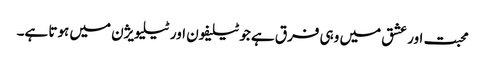
محبت اور عشق میں وہی فرق ہے جو ٹیلیفون اور ٹیلیویژن میں ہوتا ہے۔